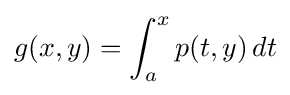
g(x,y)=\int _{a}^{x}p(t,y)\,dt